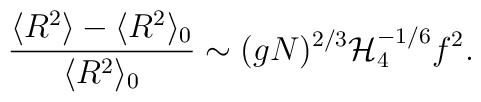
\frac{\langle R^2 \rangle -  \langle R^2 \rangle_0}{\langle R^2 \rangle_0}\sim (gN)^{2/3}  {\cal H}_4^{-1/6} f^2.